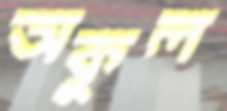
অকুল